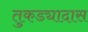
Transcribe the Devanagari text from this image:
तुकड्यादास